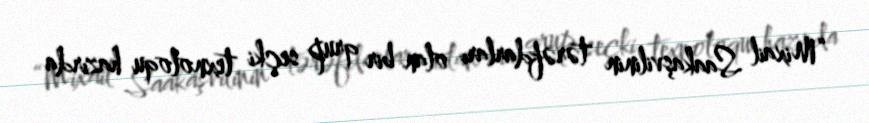
“Mixail Saakaşvilinin tərəfdarları olan bir qrup seçki texnoloqu hazırda